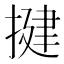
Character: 揵